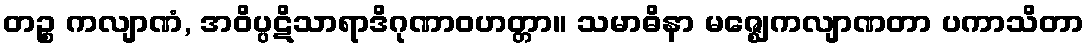
တဉ္စ ကလျာဏံ, အဝိပ္ပဋိသာရာဒိဂုဏာဝဟတ္တာ။ သမာဓိနာ မဇ္ဈေကလျာဏတာ ပကာသိတာ